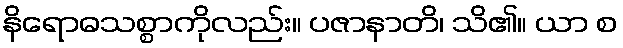
နိရောဓသစ္စာကိုလည်း။ ပဇာနာတိ၊ သိ၏။ ယာ စ